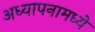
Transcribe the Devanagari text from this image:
अध्यापनामध्ये